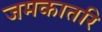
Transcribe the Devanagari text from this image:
जमकातरि